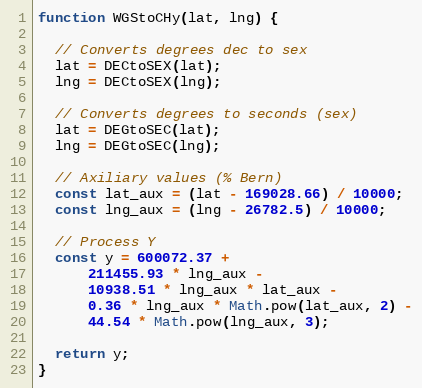
Language: JavaScript
function WGStoCHy(lat, lng) {

  // Converts degrees dec to sex
  lat = DECtoSEX(lat);
  lng = DECtoSEX(lng);

  // Converts degrees to seconds (sex)
  lat = DEGtoSEC(lat);
  lng = DEGtoSEC(lng);

  // Axiliary values (% Bern)
  const lat_aux = (lat - 169028.66) / 10000;
  const lng_aux = (lng - 26782.5) / 10000;

  // Process Y
  const y = 600072.37 +
      211455.93 * lng_aux -
      10938.51 * lng_aux * lat_aux -
      0.36 * lng_aux * Math.pow(lat_aux, 2) -
      44.54 * Math.pow(lng_aux, 3);

  return y;
}